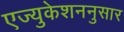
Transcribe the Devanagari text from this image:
एज्युकेशननुसार